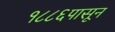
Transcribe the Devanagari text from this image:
१८८६पासून